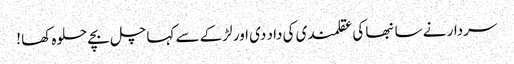
سردار نے سانبھا کی عقلمندی کی داد دی اور لڑکے سے کہا چل بچے حلوہ کھا !